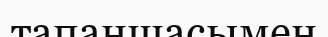
тапаншасымен